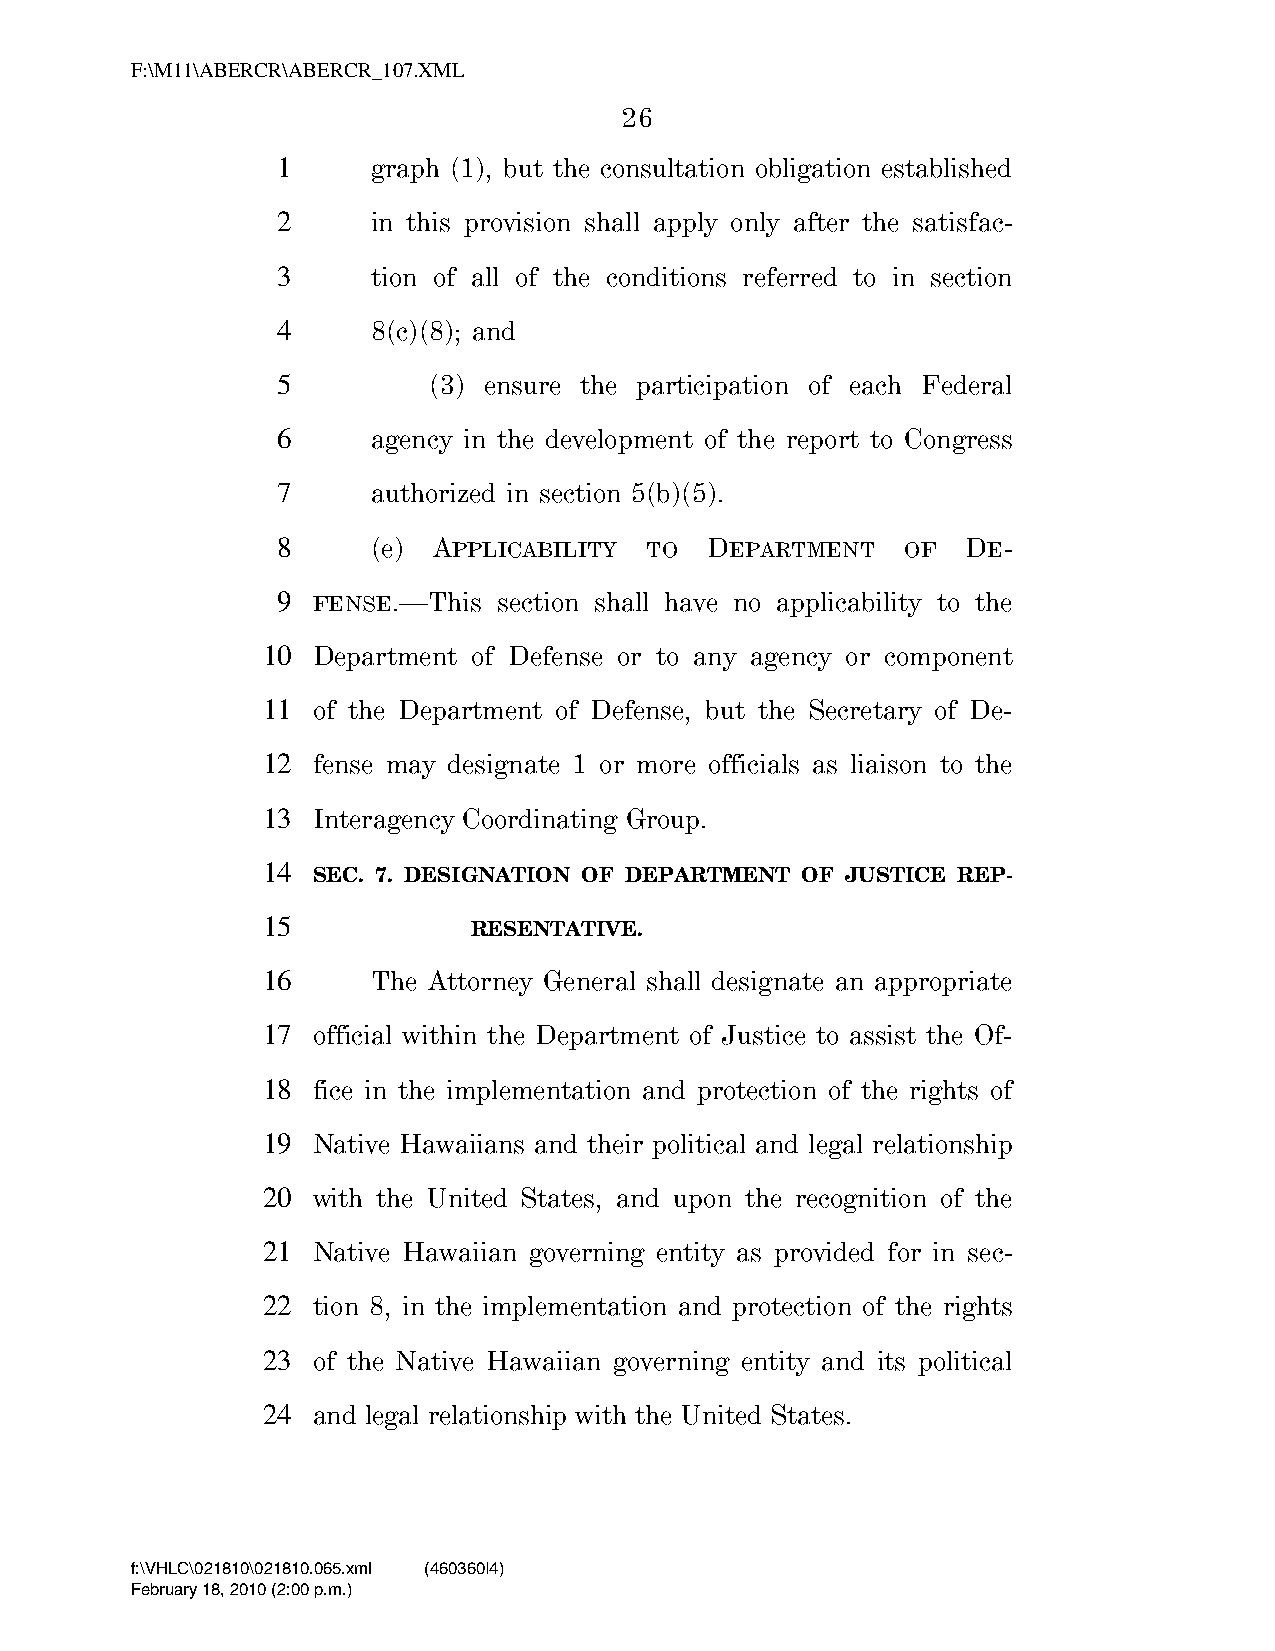
F:\M11\ABERCR\ABERCR_107.XML
 26
 1      graph (1), but the consultation obligation established
 2      in this provision shall apply only after the satisfac-
 3      tion of all of the conditions referred to in section
 4      8(c)(8); and
 5         (3) ensure the participation of each Federal
 6      agency in the development of the report to Congress
 7      authorized in section 5(b)(5).
 8      (e) APPLICABILITY TO  DEPARTMENT   OF  DE-
 9  FENSE.—This section shall have no applicability to the
 10  Department of Defense or to any agency or component
 11  of the Department of Defense, but the Secretary of De-
 12  fense may designate 1 or more officials as liaison to the
 13  Interagency Coordinating Group.
 14
 SEC. 7. DESIGNATION OF DEPARTMENT OF JUSTICE REP-
 15
 RESENTATIVE.
 16      The Attorney General shall designate an appropriate
 17  official within the Department of Justice to assist the Of-
 18  fice in the implementation and protection of the rights of
 19  Native Hawaiians and their political and legal relationship
 20  with the United States, and upon the recognition of the
 21  Native Hawaiian governing entity as provided for in sec-
 22  tion 8, in the implementation and protection of the rights
 23  of the Native Hawaiian governing entity and its political
 24  and legal relationship with the United States.
 f:\VHLC\021810\021810.065.xml (460360|4)
 February 18, 2010 (2:00 p.m.)
 VerDate Nov 24 2008 14:00 Feb 18, 2010 Jkt 000000 PO 00000 Frm 00026 Fmt 6652 Sfmt 6201 C:\TEMP\ABERCR_107.XML HOLCPC